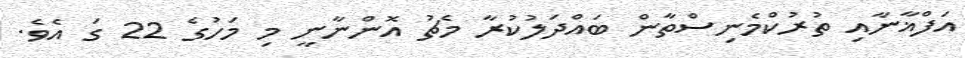
އަފްޣާނާއި ތުރުކްމެނިސްތާން ބައްދަލުކުރާ މެޗު އޮންނާނީ މި މަހުގެ 22 ގަ އެވެ.